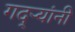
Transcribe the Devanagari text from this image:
गद्र्‍यांनी